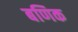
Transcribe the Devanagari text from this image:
बणिक